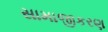
સામાજીકરણ